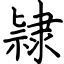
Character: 𨽻